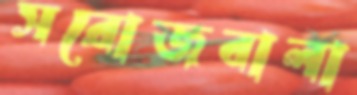
সরোজবালা